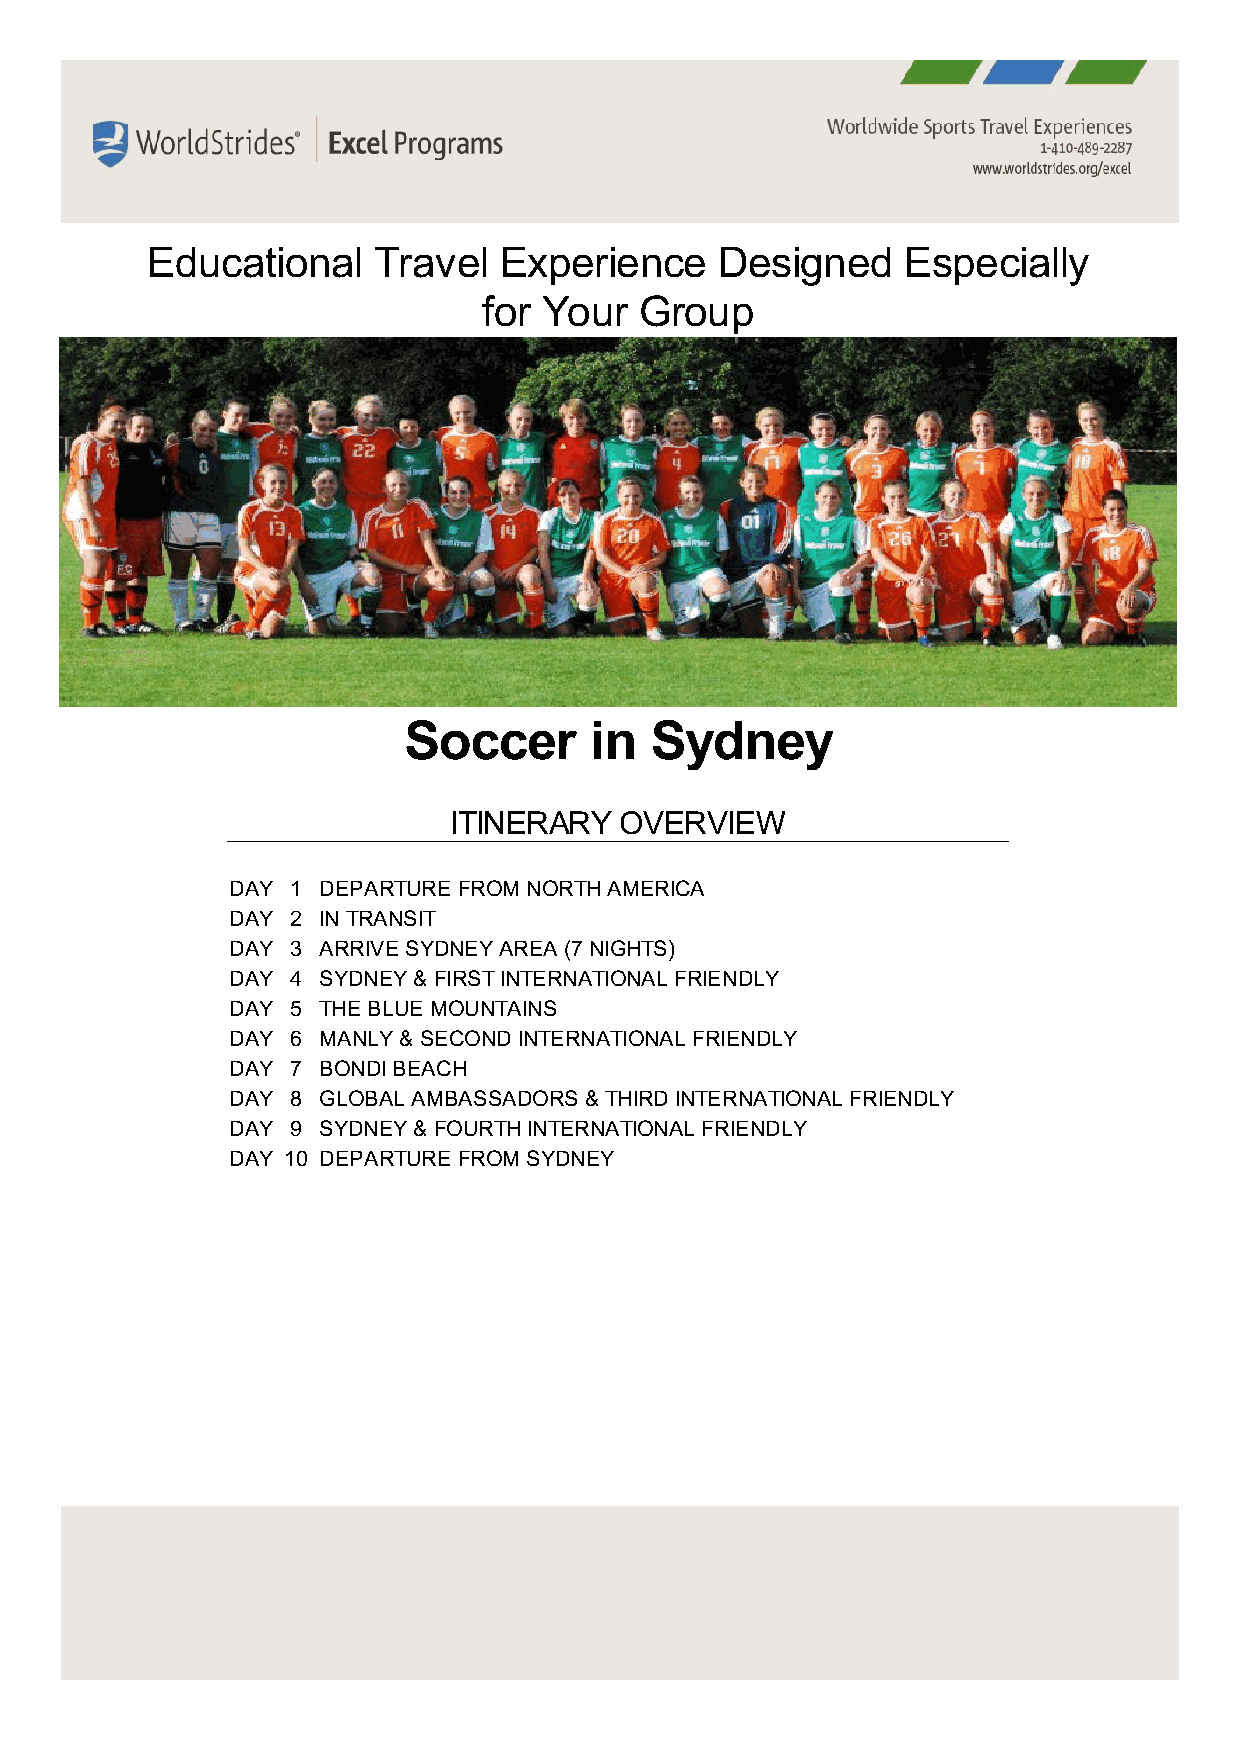
Educational    Travel  Experience     Designed    Especially
 for Your  Group
 Soccer      in  Sydney
 ITINERARY  OVERVIEW
 DAY 1 DEPARTURE FROM NORTH AMERICA
 DAY 2 IN TRANSIT
 DAY 3 ARRIVE SYDNEY AREA (7 NIGHTS)
 DAY 4 SYDNEY & FIRST INTERNATIONAL FRIENDLY
 DAY 5 THE BLUE MOUNTAINS
 DAY 6 MANLY & SECOND INTERNATIONAL FRIENDLY
 DAY 7 BONDI BEACH
 DAY 8 GLOBAL AMBASSADORS & THIRD INTERNATIONAL FRIENDLY
 DAY 9 SYDNEY & FOURTH INTERNATIONAL FRIENDLY
 DAY 10 DEPARTURE FROM SYDNEY